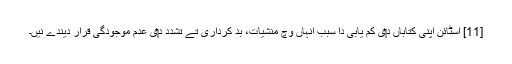
[11] اسٹائن اپنی کتاباں د‏‏ی کم یابی دا سبب اُنہاں وچ منشیات، بد کرداری تے تشدد د‏‏ی عدم موجودگی قرار دیندے نيں۔